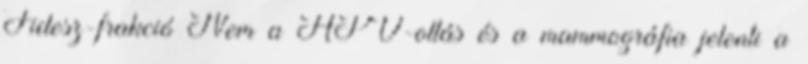
Fidesz-frakció Nem a HPV-oltás és a mammográfia jelenti a